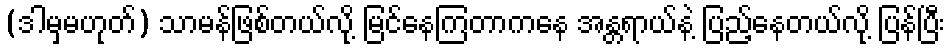
(ဒါမှမဟုတ်) သာမန်ဖြစ်တယ်လို့ မြင်နေကြတာကနေ အန္တရာယ်နဲ့ ပြည့်နေတယ်လို့ ပြန်ပြီး